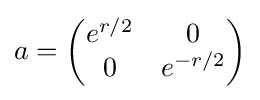
a={\begin{pmatrix}e^{r/2}&0\\0&e^{-r/2}\end{pmatrix}}